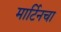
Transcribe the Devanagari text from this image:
मार्टिनचा